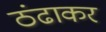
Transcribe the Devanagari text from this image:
ठंढाकर